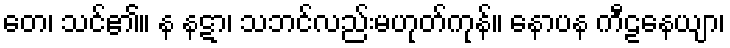
တေ၊ သင်၏။ န နဋာ၊ သဘင်လည်းမဟုတ်ကုန်။ နောပန ကီဠနေယျာ၊